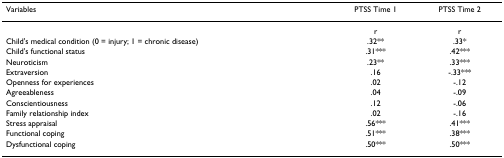
| Variables | PTSS Time 1 | PTSS Time 2 |
 | --- | --- | --- |
 |  | r | r |
 | Child's medical condition (0 = injury; 1 = chronic disease) | .32** | .33* |
 | Child's functional status | .31*** | .42*** |
 | Neuroticism | .23** | .33*** |
 | Extraversion | .16 | -.33*** |
 | Openness for experiences | .02 | -.12 |
 | Agreeableness | .04 | -.09 |
 | Conscientiousness | .12 | -.06 |
 | Family relationship index | .02 | -.16 |
 | Stress appraisal | .56*** | .41*** |
 | Functional coping | .51*** | .38*** |
 | Dysfunctional coping | .50*** | .50*** |